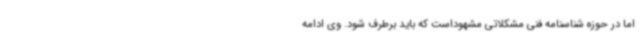
اما در حوزه شناسنامه فنی مشکلاتی مشهوداست که باید برطرف شود. وی ادامه